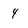
Character: 4